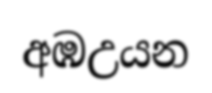
අඹඋයන